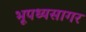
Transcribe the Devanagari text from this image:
भूपध्यसागर